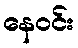
နေဝင်း